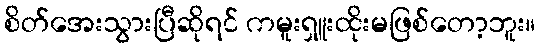
စိတ်အေးသွားပြီဆိုရင် ကမူးရှူးထိုးမဖြစ်တော့ဘူး။